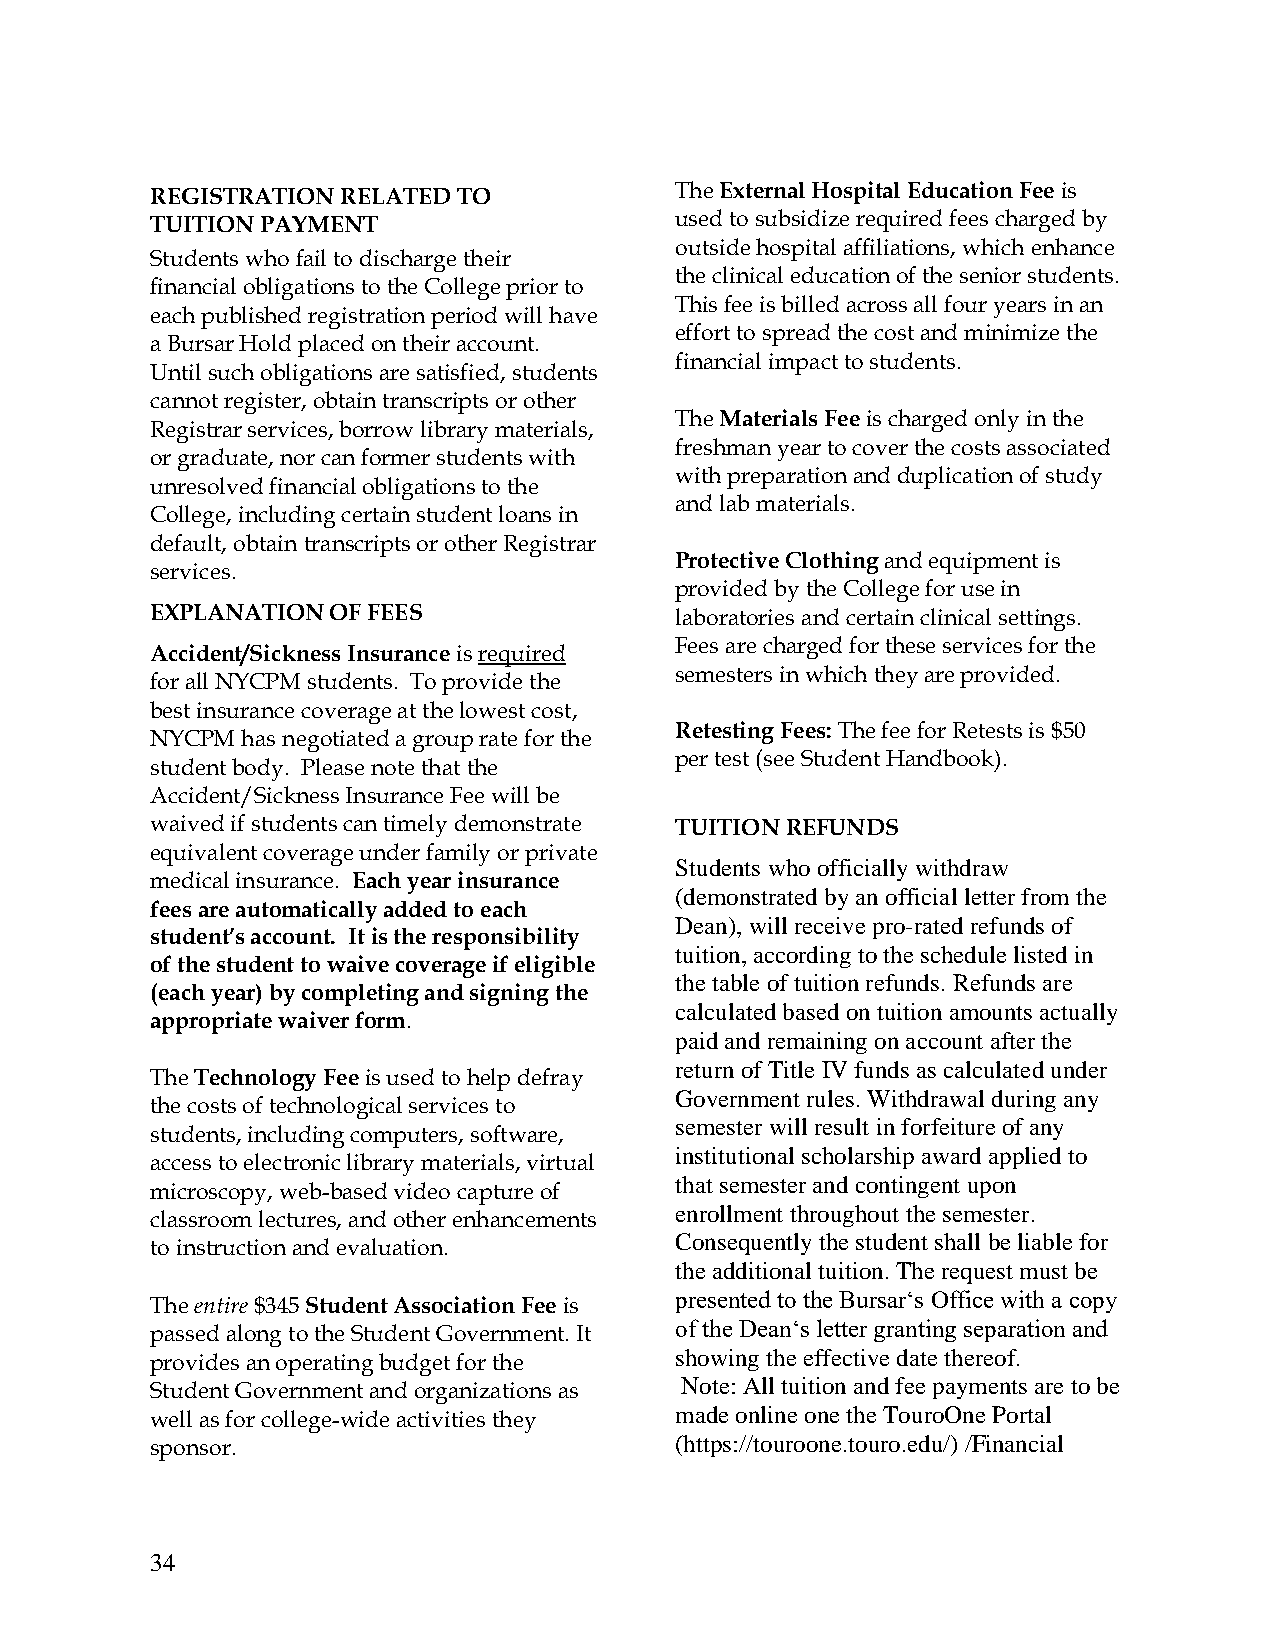
REGISTRATION RELATED TO            The External Hospital Education Fee is
 TUITION PAYMENT                    used to subsidize required fees charged by
 outside hospital affiliations, which enhance
 Students who fail to discharge their
 the clinical education of the senior students.
 financial obligations to the College prior to
 This fee is billed across all four years in an
 each published registration period will have
 effort to spread the cost and minimize the
 a Bursar Hold placed on their account.
 financial impact to students.
 Until such obligations are satisfied, students
 cannot register, obtain transcripts or other
 The Materials Fee is charged only in the
 Registrar services, borrow library materials,
 freshman year to cover the costs associated
 or graduate, nor can former students with
 with preparation and duplication of study
 unresolved financial obligations to the
 and lab materials.
 College, including certain student loans in
 default, obtain transcripts or other Registrar
 Protective Clothing and equipment is
 services.
 provided by the College for use in
 EXPLANATION OF FEES                laboratories and certain clinical settings.
 Fees are charged for these services for the
 Accident/Sickness Insurance is required
 semesters in which they are provided.
 for all NYCPM students. To provide the
 best insurance coverage at the lowest cost,
 Retesting Fees: The fee for Retests is $50
 NYCPM has negotiated a group rate for the
 per test (see Student Handbook).
 student body. Please note that the
 Accident/Sickness Insurance Fee will be
 waived if students can timely demonstrate TUITION REFUNDS
 equivalent coverage under family or private
 Students who officially withdraw
 medical insurance. Each year insurance
 (demonstrated by an official letter from the
 fees are automatically added to each
 Dean), will receive pro-rated refunds of
 student’s account. It is the responsibility
 tuition, according to the schedule listed in
 of the student to waive coverage if eligible
 the table of tuition refunds. Refunds are
 (each year) by completing and signing the
 calculated based on tuition amounts actually
 appropriate waiver form.
 paid and remaining on account after the
 return of Title IV funds as calculated under
 The Technology Fee is used to help defray
 Government rules. Withdrawal during any
 the costs of technological services to
 semester will result in forfeiture of any
 students, including computers, software,
 institutional scholarship award applied to
 access to electronic library materials, virtual
 that semester and contingent upon
 microscopy, web-based video capture of
 enrollment throughout the semester.
 classroom lectures, and other enhancements
 Consequently the student shall be liable for
 to instruction and evaluation.
 the additional tuition. The request must be
 presented to the Bursar‘s Office with a copy
 The entire $345 Student Association Fee is
 of the Dean‘s letter granting separation and
 passed along to the Student Government. It
 showing the effective date thereof.
 provides an operating budget for the
 Note: All tuition and fee payments are to be
 Student Government and organizations as
 made online one the TouroOne Portal
 well as for college-wide activities they
 (https://touroone.touro.edu/) /Financial
 sponsor.
 34